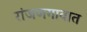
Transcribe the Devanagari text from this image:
रांजणगावात